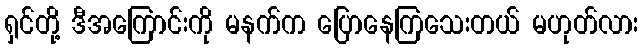
ရှင်တို့ ဒီအကြောင်းကို မနက်က ပြောနေကြသေးတယ် မဟုတ်လား